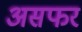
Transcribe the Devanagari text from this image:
असफर